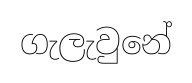
ගැලැවුනේ